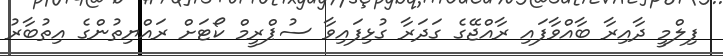
ފިލްމީ ދާއިރާ ބާއްވާފައި ރާއްޖޭގެ ގަދަރާ ގުޅިފައިވާ ސުޕްރީމް ކޯޓަށް ރައްޔިތުންގެ އިތުބާރު